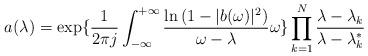
LaTeX: \begin{align*}a(\lambda) =\exp\{\frac{1}{2\pi j}\int_{-\infty}^{+\infty}\frac{\ln\left(1-|b(\omega)|^2\right)}{\omega-\lambda}\omega\}\prod_{k=1}^N\frac{\lambda-\lambda_k}{\lambda-\lambda_k^*}\end{align*}